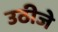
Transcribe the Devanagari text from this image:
उठीजे